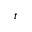
_ t